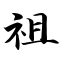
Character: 祖